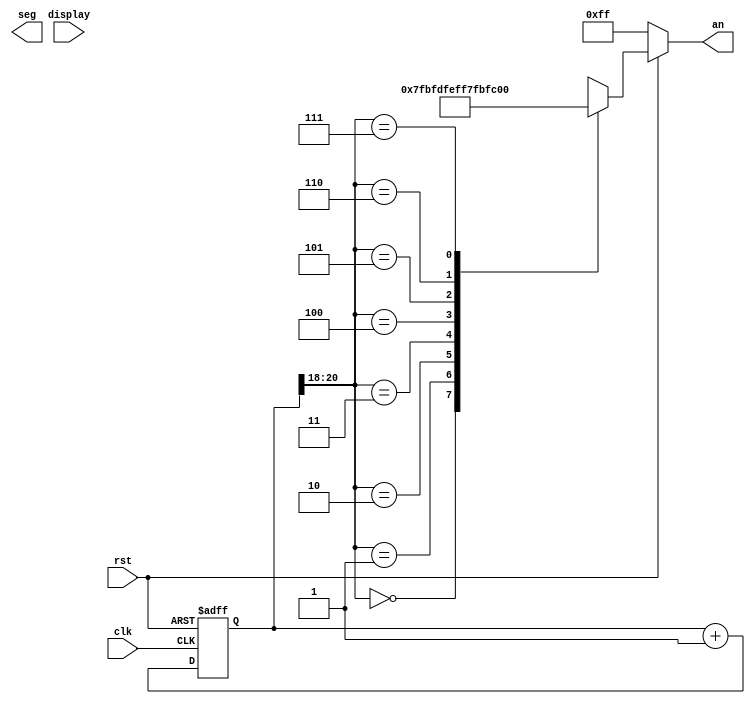
module digital_tube(
    input wire clk,
    input wire rst,
    input signed [31:0] display,
    output reg [7:0] an,
    output reg [6:0] seg
);
    reg [20:0] cnt_dt;
    
    always @ (posedge clk or negedge rst)begin//
        if(!rst)begin
            cnt_dt<=0;
        end
        else begin
            cnt_dt<=cnt_dt+1'b1;
        end
    end
    
    reg [3:0] sel;//
    
    always @(*) begin
        if(!rst)begin
            an=8'b1111_1111;
        end
        else begin
            case(cnt_dt[20:18])
                3'b000: begin an=8'b0111_1111; sel=display[31:28]; end
                3'b001: begin an=8'b1011_1111; sel=display[27:24]; end
                3'b010: begin an=8'b1101_1111; sel=display[23:20]; end
                3'b011: begin an=8'b1110_1111; sel=display[19:16]; end
                3'b100: begin an=8'b1111_0111; sel=display[15:12]; end
                3'b101: begin an=8'b1111_1011; sel=display[11:8]; end
                3'b110: begin an=8'b1111_1101; sel=display[7:4]; end
                3'b111: begin an=8'b1111_1110; sel=display[3:0]; end
            endcase 
            
//            case(sel)
                
//            endcase
        end
    end
endmodule